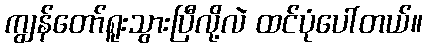
ကျွန်တော်ရူးသွားပြီလို့လဲ ထင်ပုံပေါ်တယ်။